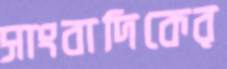
সাংবাদিকের